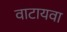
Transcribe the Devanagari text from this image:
वाटायवा